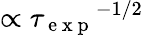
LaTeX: \propto{\tau_{\mathrm{~e~x~p~}}}^{-1/2}